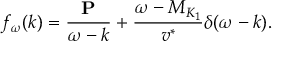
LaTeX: f _ { \omega } ( k ) = \frac { { \bf P } } { \omega - k } + \frac { \omega - M _ { K _ { 1 } } } { v ^ { * } } \delta ( \omega - k ) .